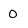
Character: 0